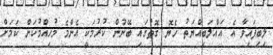
ލިބިފައިވާ އެ އަޣްލަބިއްޔަތު ހެޔޮ ގޮތުގައި ބޭނުން ކުރުމަކީ އެންމެ މުހިއްމުކަން ކަމަށް